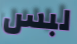
لبس